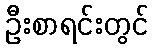
ဦးစာရင်းတွင်